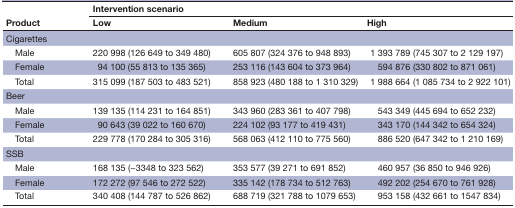
<table><thead><tr><td rowspan="2"><b>Product</b></td><td colspan="3"><b>Intervention scenario</b></td></tr><tr><td><b>Low</b></td><td><b>Medium</b></td><td><b>High</b></td></tr></thead><tbody><tr><td>Cigarettes</td><td></td><td></td><td></td></tr><tr><td> Male</td><td>220 998 (126 649 to 349 480)</td><td>605 807 (324 376 to 948 893)</td><td>1 393 789 (745 307 to 2 129 197)</td></tr><tr><td> Female</td><td>94 100 (55 813 to 135 365)</td><td>253 116 (143 604 to 373 964)</td><td>594 876 (330 802 to 871 061)</td></tr><tr><td> Total</td><td>315 099 (187 503 to 483 521)</td><td>858 923 (480 188 to 1 310 329)</td><td>1 988 664 (1 085 734 to 2 922 101)</td></tr><tr><td>Beer</td><td></td><td></td><td></td></tr><tr><td> Male</td><td>139 135 (114 231 to 164 851)</td><td>343 960 (283 361 to 407 798)</td><td>543 349 (445 694 to 652 232)</td></tr><tr><td> Female</td><td>90 643 (39 022 to 160 670)</td><td>224 102 (93 177 to 419 431)</td><td>343 170 (144 342 to 654 324)</td></tr><tr><td> Total</td><td>229 778 (170 284 to 305 316)</td><td>568 063 (412 110 to 775 560)</td><td>886 520 (647 342 to 1 210 169)</td></tr><tr><td>SSB</td><td></td><td></td><td></td></tr><tr><td> Male</td><td>168 135 (−3348 to 323 562)</td><td>353 577 (39 271 to 691 852)</td><td>460 957 (36 850 to 946 926)</td></tr><tr><td> Female</td><td>172 272 (97 546 to 272 522)</td><td>335 142 (178 734 to 512 763)</td><td>492 202 (254 670 to 761 928)</td></tr><tr><td> Total</td><td>340 408 (144 787 to 526 862)</td><td>688 719 (321 788 to 1079 653)</td><td>953 158 (432 661 to 1547 834)</td></tr></tbody></table>